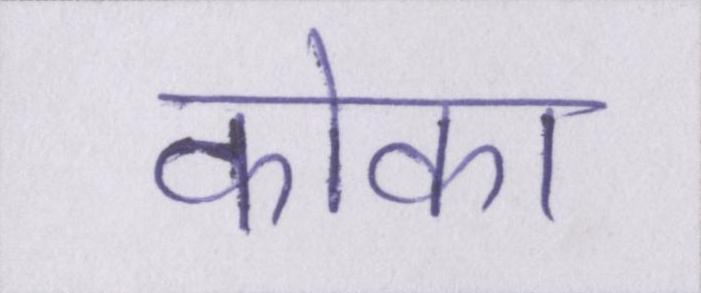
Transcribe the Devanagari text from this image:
कोका